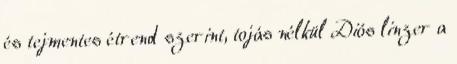
és tejmentes étrend szerint, tojás nélkül Diós linzer a